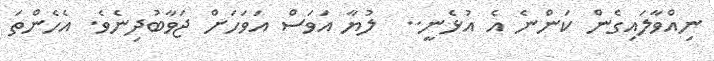
ނިއްވާލައިގެން ކަންނެ އެ އުޅެނީ..  ލުޔާ އަވަސް އަވަހަށް ޖަވާބުދިނެވެ. އެހެންތަ